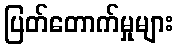
ပြတ်တောက်မှုများ